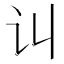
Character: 𰵊